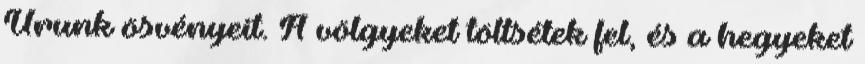
Urunk ösvényeit. A völgyeket töltsétek fel, és a hegyeket